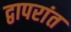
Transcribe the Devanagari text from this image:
द्वापरांत